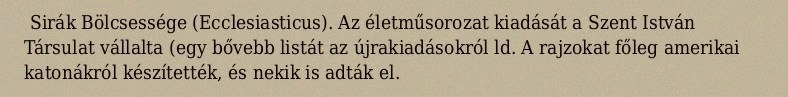
Sirák Bölcsessége (Ecclesiasticus). Az életműsorozat kiadását a Szent István Társulat vállalta (egy bővebb listát az újrakiadásokról ld. A rajzokat főleg amerikai katonákról készítették, és nekik is adták el.